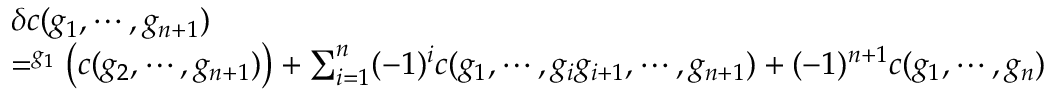
\begin{array} { r l } & { \delta c ( g _ { 1 } , \cdots , g _ { n + 1 } ) } \\ & { = ^ { g _ { 1 } } \big ( c ( g _ { 2 } , \cdots , g _ { n + 1 } ) \big ) + \sum _ { i = 1 } ^ { n } ( - 1 ) ^ { i } c ( g _ { 1 } , \cdots , g _ { i } g _ { i + 1 } , \cdots , g _ { n + 1 } ) + ( - 1 ) ^ { n + 1 } c ( g _ { 1 } , \cdots , g _ { n } ) } \end{array}